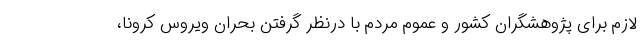
لازم برای پژوهشگران کشور و عموم مردم با درنظر گرفتن بحران ویروس کرونا،